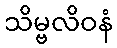
သိမ္ဗလိဝနံ